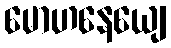
မောဟနေယျေ